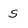
Character: S